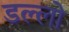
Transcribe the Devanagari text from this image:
डल्लो